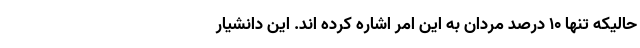
حالیکه تنها ۱۰ درصد مردان به این امر اشاره کرده اند. این دانشیار